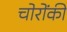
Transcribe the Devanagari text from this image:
चोरोंकी